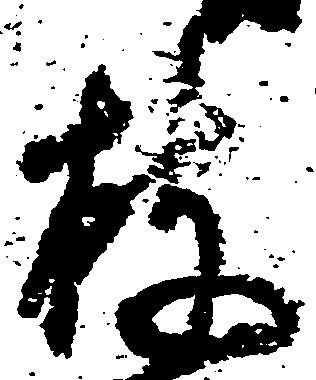
披